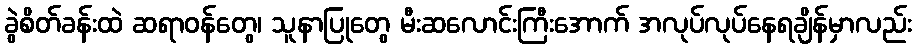
ခွဲစိတ်ခန်းထဲ ဆရာဝန်တွေ၊ သူနာပြုတွေ မီးဆလောင်းကြီးအောက် အလုပ်လုပ်နေရချိန်မှာလည်း